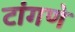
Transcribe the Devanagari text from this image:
टांगणे